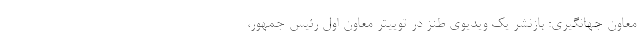
معاون جهانگیری: بازنشر یک ویدیوی طنز در توییتر معاون اول رئیس جمهور،